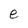
Character: e